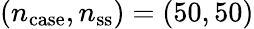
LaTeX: (n_{\mathrm{case}},n_{\mathrm{ss}})=(50,50)